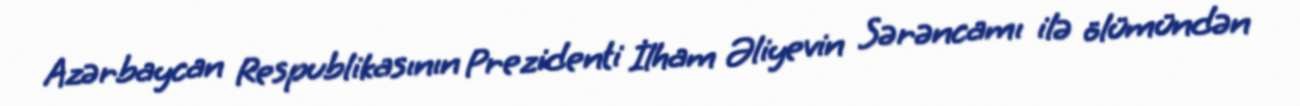
Azərbaycan Respublikasının Prezidenti İlham Əliyevin Sərəncamı ilə ölümündən